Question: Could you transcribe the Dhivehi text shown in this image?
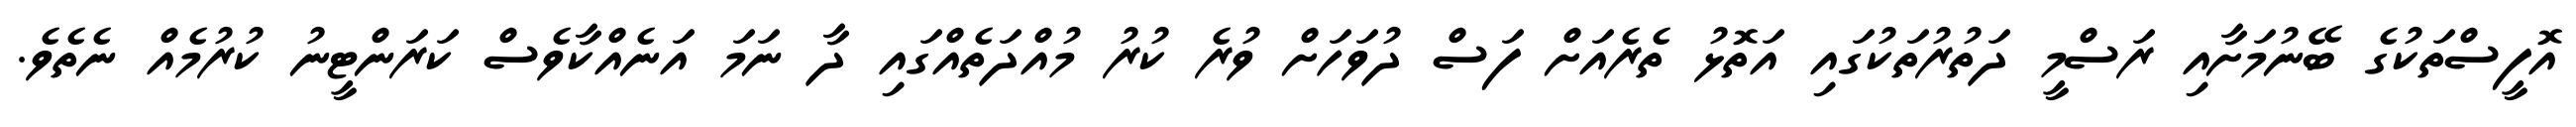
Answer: އޮފީސްތަކުގެ ބޭނުމަށާއި ރަސްމީ ދަތުރުތަކުގައި އަތޮޅު ތެރެއަށް ފަސް ދުވަހަށް ވުރެ ކުރު މުއްދަތެއްގައި ދާ ނަމަ އަނެއްކާވެސް ކަރަންޓީނު ކުރުމެއް ނެތެވެ.